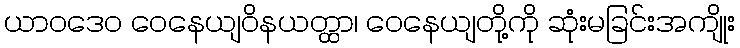
ယာဝဒေဝ ဝေနေယျဝိနယတ္ထာ၊ ဝေနေယျတို့ကို ဆုံးမခြင်းအကျိုး